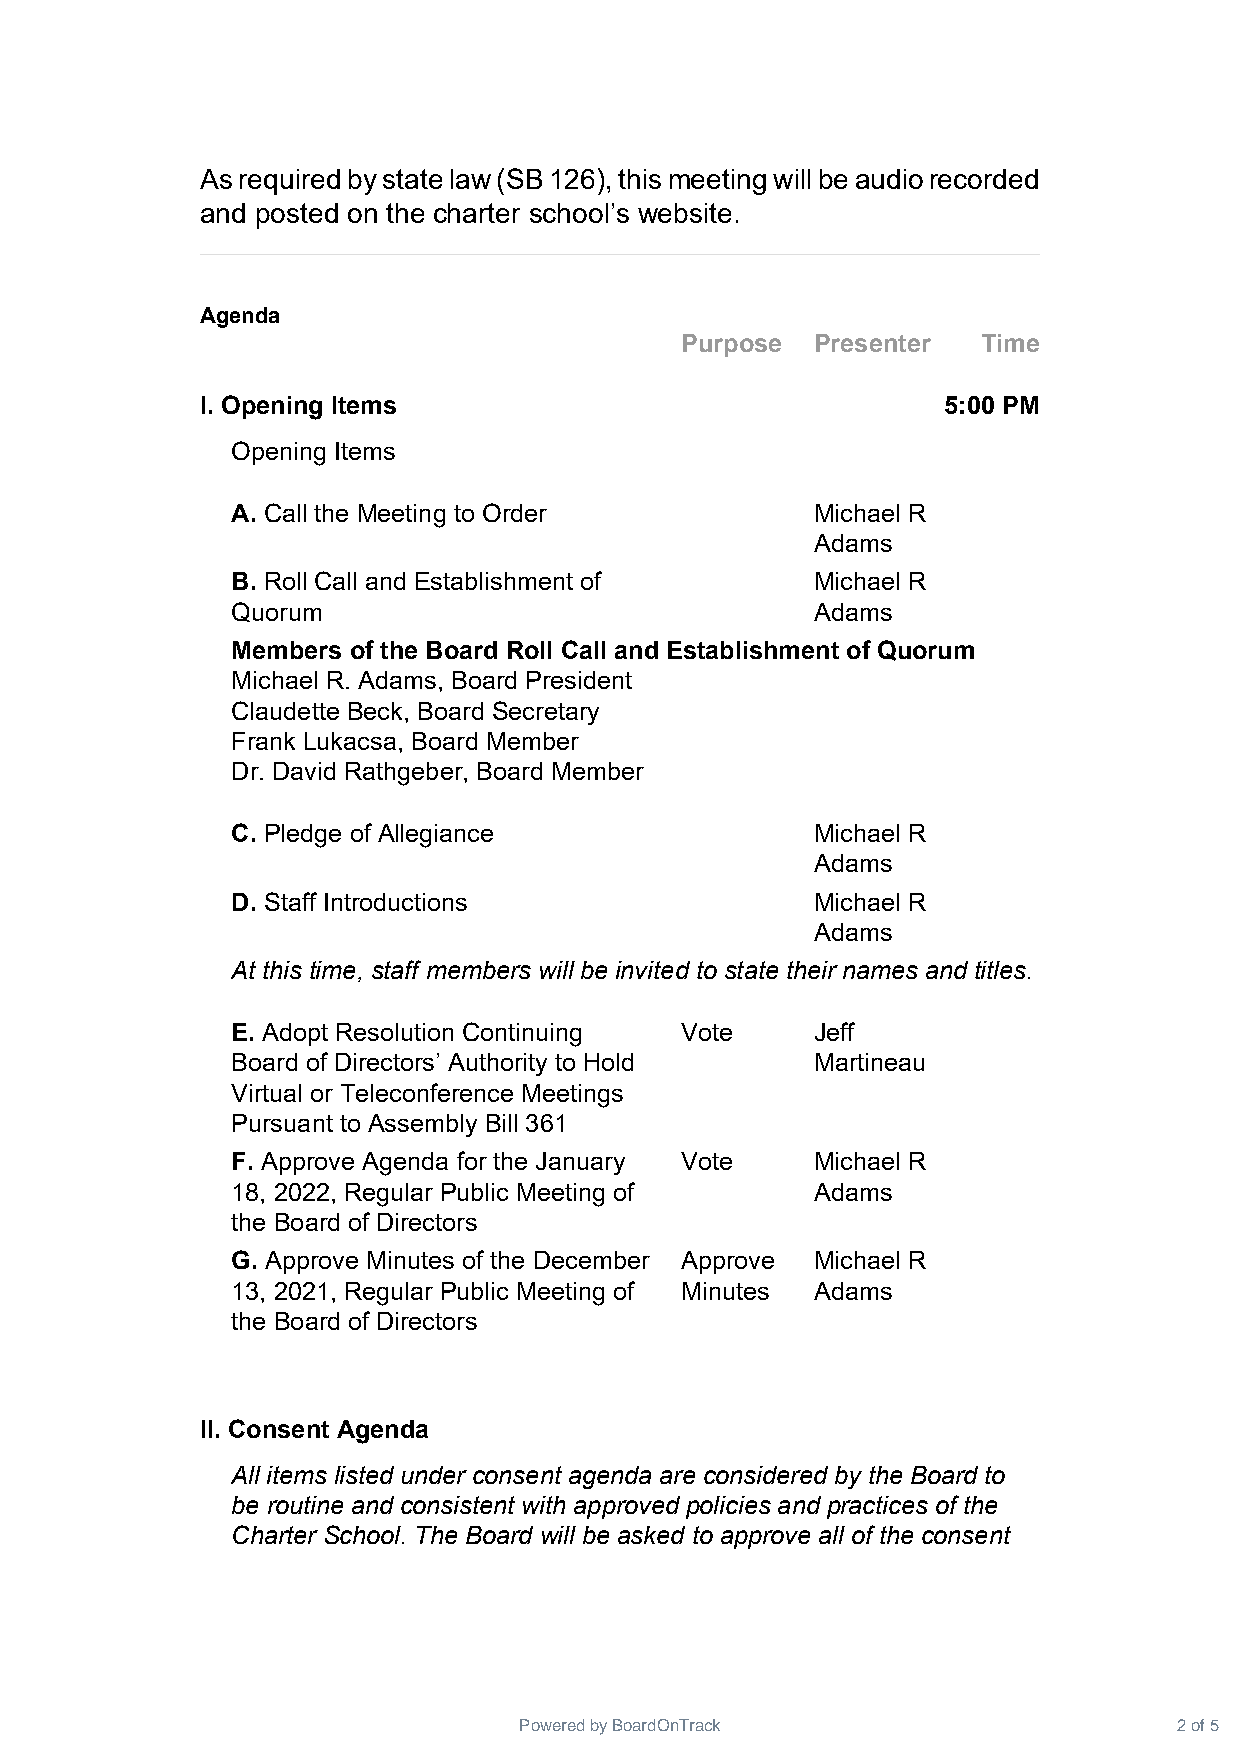
Asrequiredbystatelaw(SB126),thismeetingwillbeaudiorecorded
 and posted on the charter school’s website.
 Agenda
 Purpose  Presenter  Time
 I. Opening Items                                 5:00 PM
 Opening Items
 A. Call the Meeting to Order           Michael R
 Adams
 B. Roll Call and Establishment of      Michael R
 Quorum                                 Adams
 Members of the Board Roll Call and Establishment of Quorum
 Michael R. Adams, Board President
 Claudette Beck, Board Secretary
 Frank Lukacsa, Board Member
 Dr. David Rathgeber, Board Member
 C. Pledge of Allegiance                Michael R
 Adams
 D. Staff Introductions                 Michael R
 Adams
 At this time, staff members will be invited to state their names and titles.
 E. Adopt Resolution Continuing Vote    Jeff
 Board of Directors’ Authority to Hold  Martineau
 Virtual or Teleconference Meetings
 Pursuant to Assembly Bill 361
 F. Approve Agenda for the January Vote Michael R
 18, 2022, Regular Public Meeting of    Adams
 the Board of Directors
 G. Approve Minutes of the December Approve Michael R
 13, 2021, Regular Public Meeting of Minutes Adams
 the Board of Directors
 II. Consent Agenda
 All items listed under consent agenda are considered by the Board to
 be routine and consistent with approved policies and practices of the
 Charter School. The Board will be asked to approve all of the consent
 Powered by BoardOnTrack                     2 of 5